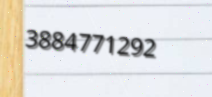
3884771292